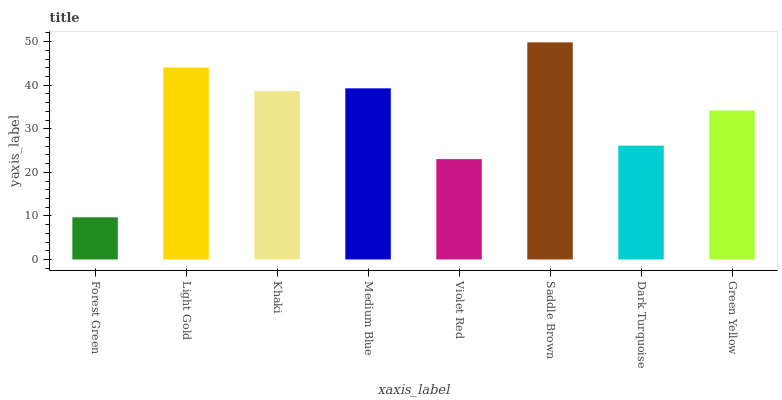
| xaxis_label | bars |
 | --- | --- |
 | Forest Green | 9.68 |
 | Light Gold | 44.1 |
 | Khaki | 38.7 |
 | Medium Blue | 39.3 |
 | Violet Red | 23 |
 | Saddle Brown | 49.8 |
 | Dark Turquoise | 26.1 |
 | Green Yellow | 34.2 |